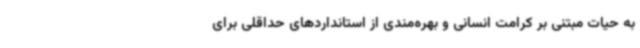
به حیات مبتنی بر کرامت انسانی و بهره‌مندی از استانداردهای حداقلی برای